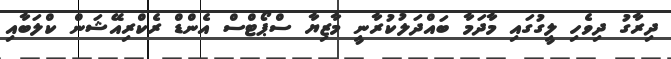
ދިރާގު ދިވެހި ލީގުގައި މާދަމާ ބައްދަލުކުރާނީ މާޒިޔާ ސްޕޯޓްސް އެންޑް ރެކްރިއޭޝަން ކްލަބާއި